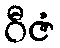
ဝီဇံ